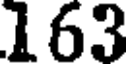
163